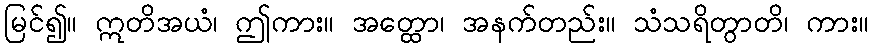
မြင်၍။ ဣတိအယံ၊ ဤကား။ အတ္ထော၊ အနက်တည်း။ သံသရိတွာတိ၊ ကား။